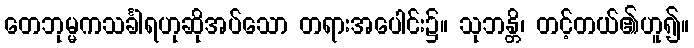
တေဘုမ္မကသင်္ခါရဟုဆိုအပ်သော တရားအပေါင်း၌။ သုဘန္တိ၊ တင့်တယ်၏ဟူ၍။